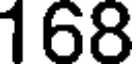
168